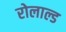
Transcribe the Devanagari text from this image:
रोलाल्ड